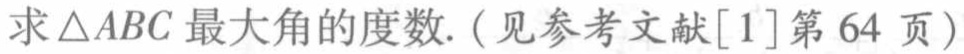
求\(\triangle ABC\)最大角的度数.（见参考文献\([1]\)第 64 页）